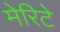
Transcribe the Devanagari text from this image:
मेरिटे